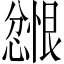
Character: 𪬲